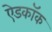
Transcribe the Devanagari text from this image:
ऐडकॉक